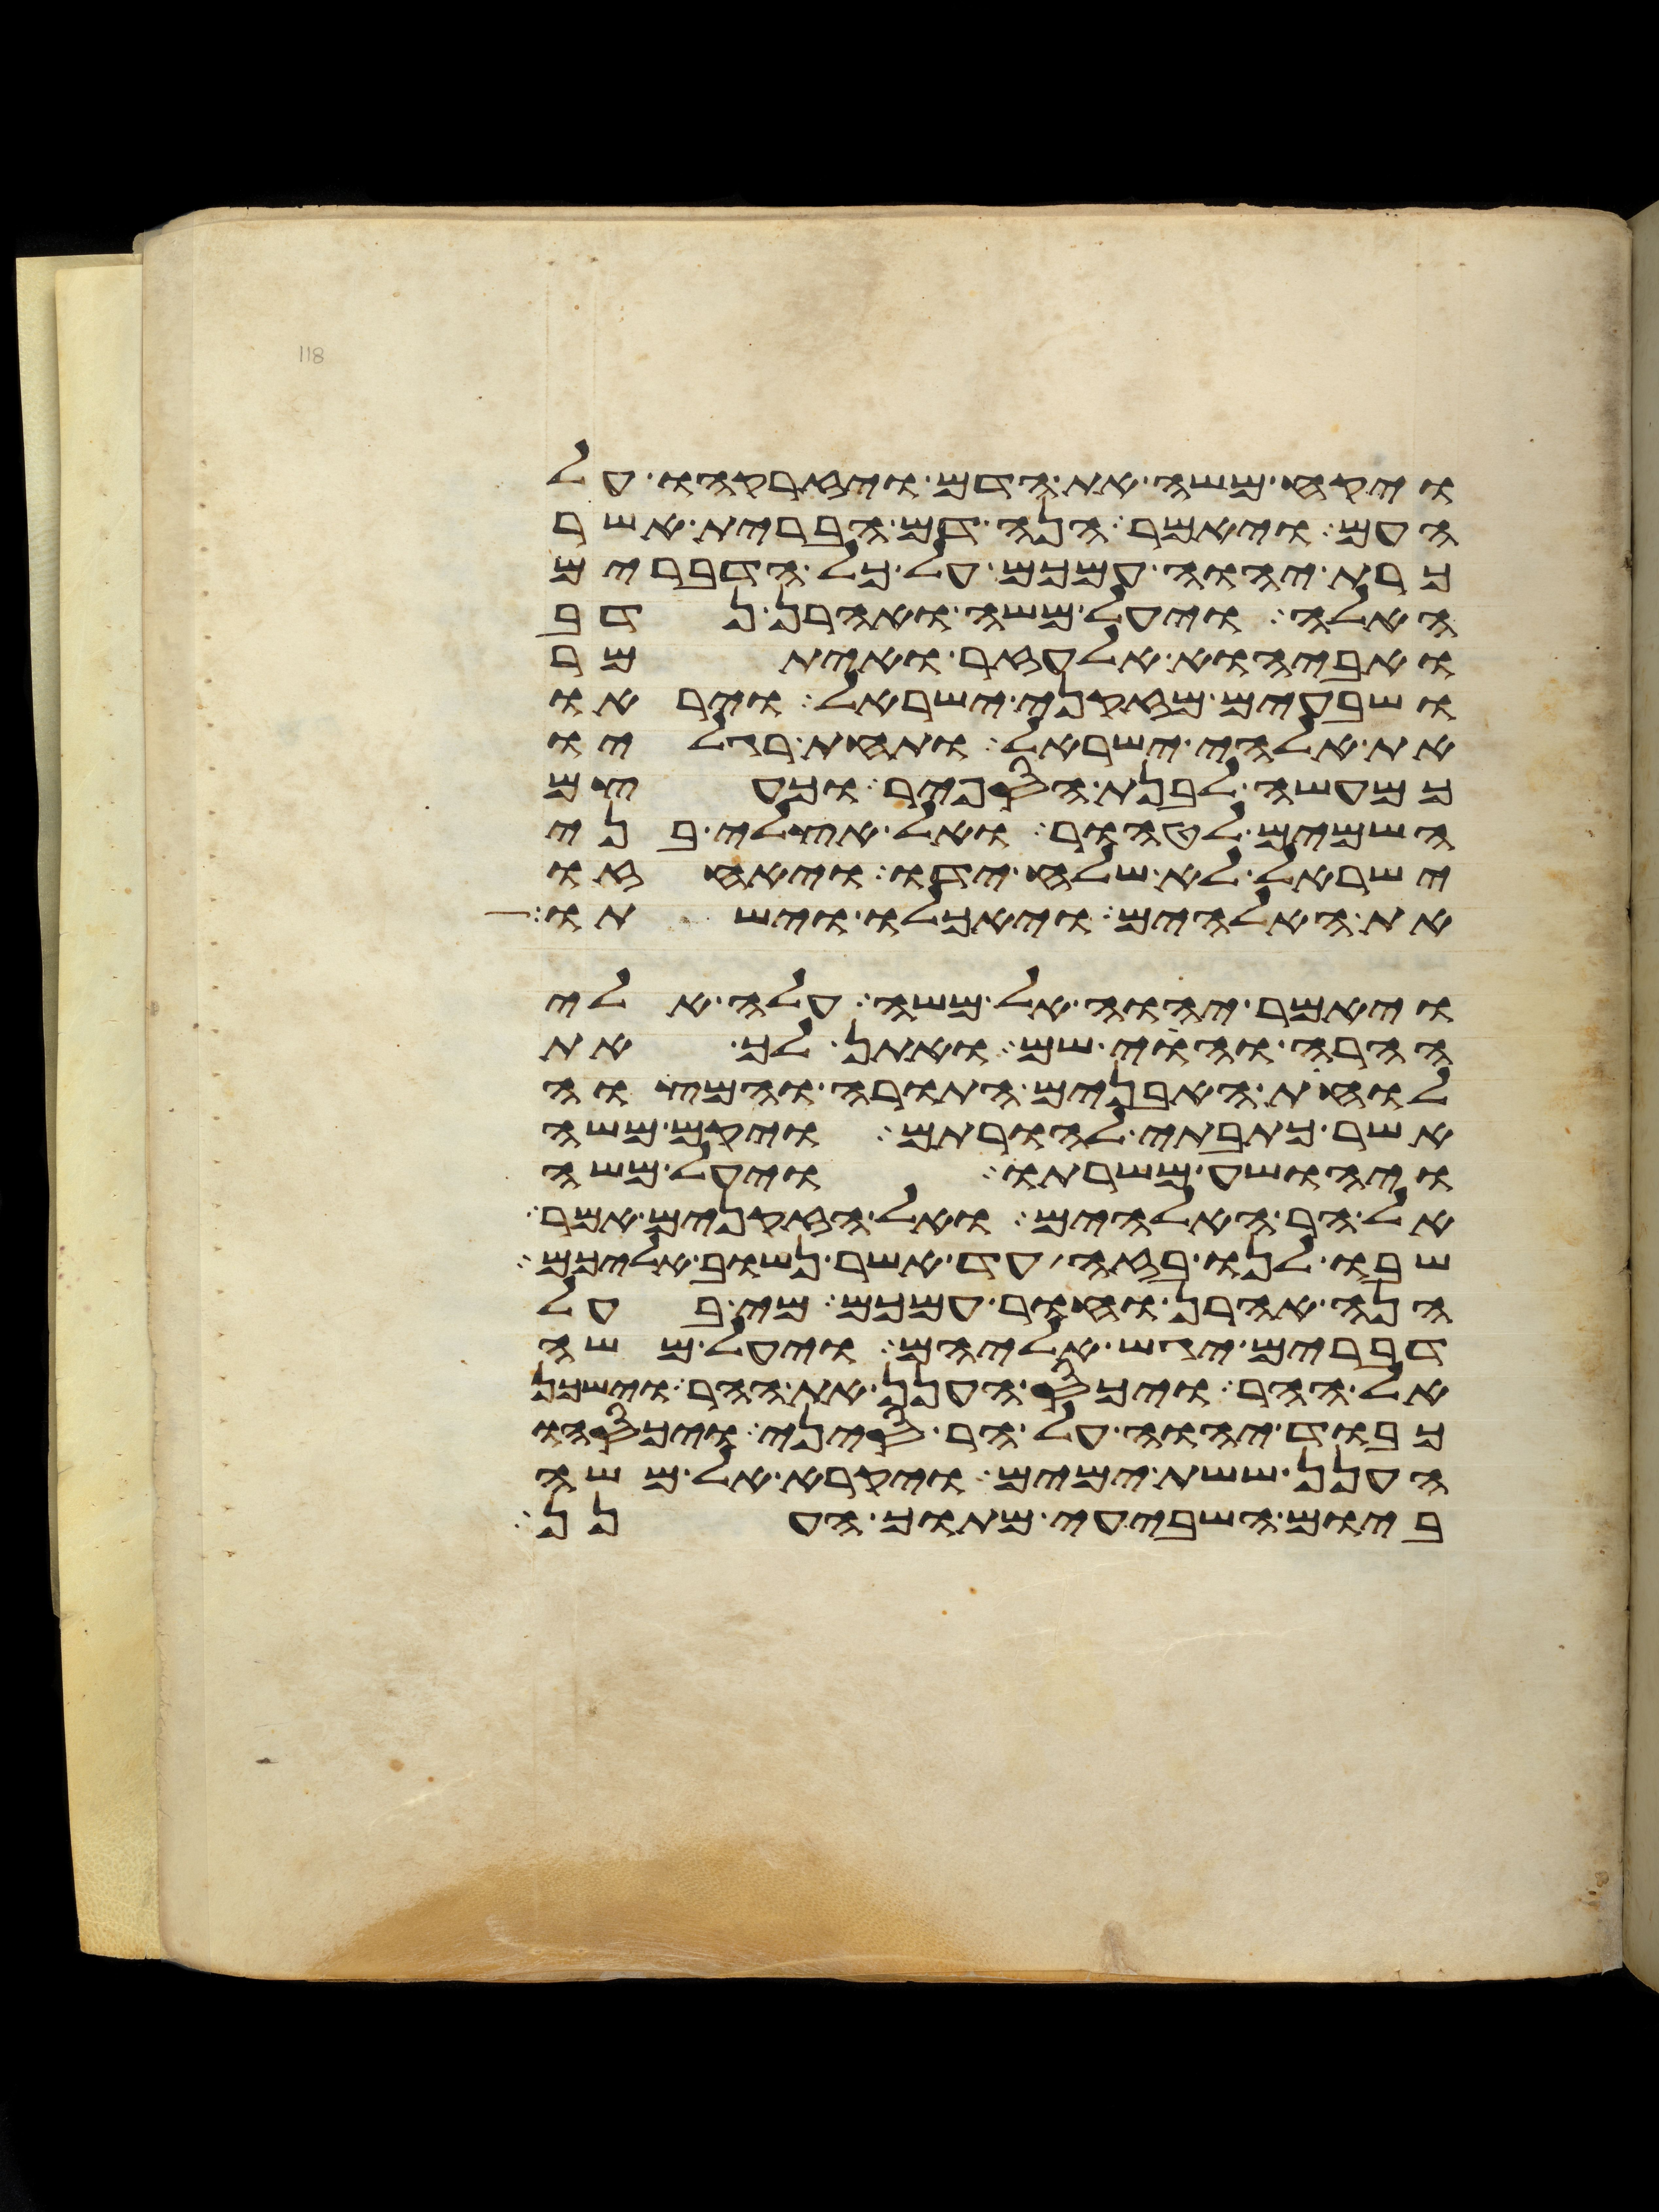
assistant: ויקח משה את הדם ויזרקהו על
העם ויאמר הנה דם הברית אשר
כרת יהוה עמכם על כל הדברים
האלה ויעל משה ואהרן נדב
ואביהוא אלעזר ואיתמר
ושבעים מזקני ישראל ויראו
את אלהי ישראל ותחת רגליו
כמעשה לבנת הספיר וכעצם
השמים לטהור ואל אצלי בני
ישראל לא שלח ידו ויאחזו
את האלהים ויאכלו וישתו
ויאמר יהוה אל משה עלה אלי
ההרה והוי שם ואתן לך את
לוחת האבנים התורה והמצוה
אשר כתבתי להורתם ויקם משה
ויהושע משרתו ויעל משה
אל הר האלהים ואל הזקנים אמר
שבו לנו בזה עד אשר נשוב אליכם
הנה אהרן וחור עמכם מי בעל
דברים יגש אליהם ויעל משה
אל ההר ויכס הענן את ההר וישכן
כבוד יהוה על הר סיני ויכסהו
הענן ששת ימים ויקרא אל משה
ביום השביעי מתוך הענן